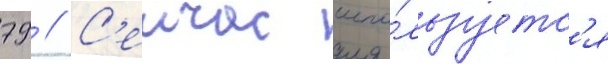
79 // С'еичас испо́льзуетс'я